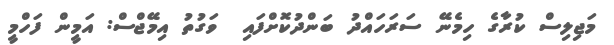
މަޖިލިސް ކުރާގެ ހިމެނޭ ސަރަހައްދު ބަންދުކޮށްފައި  ވަގުތު އިމޭޖްސް: އަމީން ފަހްމީ